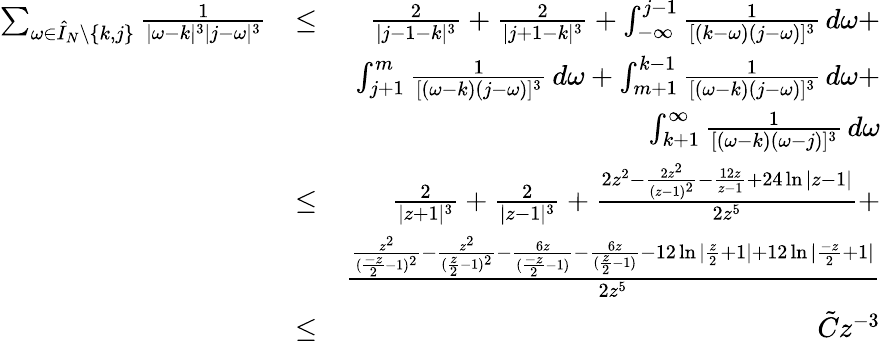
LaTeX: \begin{array}{rlr}{\sum_{\omega\in\hat{I}_{N}\setminus\{ k,j\} }\frac{1}{|\omega-k|^{3}|j-\omega|^{3}}}&{\leq}&{\frac{2}{|j-1-k|^{3}}+\frac{2}{|j+1-k|^{3}}+\int_{-\infty}^{j-1}\frac{1}{[(k-\omega)(j-\omega)]^{3}}\, d\omega+}\\ &{}&{\int_{j+1}^{m}\frac{1}{[(\omega-k)(j-\omega)]^{3}}\, d\omega+\int_{m+1}^{k-1}\frac{1}{[(\omega-k)(j-\omega)]^{3}}\, d\omega+}\\ &{}&{\int_{k+1}^{\infty}\frac{1}{[(\omega-k)(\omega-j)]^{3}}\, d\omega}\\ &{\leq}&{\frac{2}{|z+1|^{3}}+\frac{2}{|z-1|^{3}}+\frac{2z^{2}-\frac{2z^{2}}{(z-1)^{2}}-\frac{12z}{z-1}+24\ln|z-1|}{2z^{5}}+}\\ &{}&{\frac{\frac{z^{2}}{(\frac{-z}{2}-1)^{2}}-\frac{z^{2}}{(\frac{z}{2}-1)^{2}}-\frac{6z}{(\frac{-z}{2}-1)}-\frac{6z}{(\frac{z}{2}-1)}-12\ln|\frac{z}{2}+1|+12\ln|\frac{-z}{2}+1|}{2z^{5}}}\\ &{\leq}&{\tilde{C}z^{-3}}\end{array}